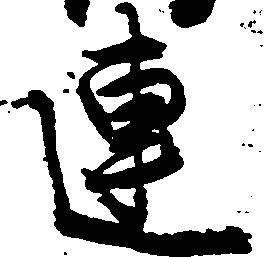
連